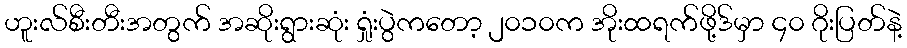
ဟူးလ်စီးတီးအတွက် အဆိုးရွားဆုံး ရှုံးပွဲကတော့ ၂၀၁၀က အိုးထရက်ဖို့ဒ်မှာ ၄၀ ဂိုးပြတ်နဲ့